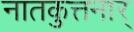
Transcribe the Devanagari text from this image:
नातकुत्तनार्